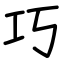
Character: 巧